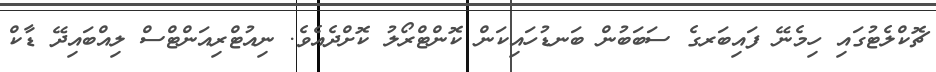
ޗޮކްލެޓުގައި ހިމެނޭ ފައިބަރގެ ސަބަބުން ބަނޑުހައިކަން ކޮންޓްރޯލު ކޮށްދެއެވެ. ނިއުޓްރިއަންޓްސް ލިއްބައިދޭ ޑާކް